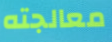
معالجته